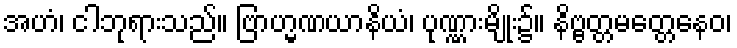
အဟံ၊ ငါဘုရားသည်။ ဗြာဟ္မဏယာနိယံ၊ ပုဏ္ဏားမျိုး၌။ နိဗ္ဗတ္တမတ္တေနေဝ၊